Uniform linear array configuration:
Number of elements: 24
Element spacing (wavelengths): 1
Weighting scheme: exponential
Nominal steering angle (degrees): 0
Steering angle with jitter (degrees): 1.147
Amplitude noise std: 0.05
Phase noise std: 0.05

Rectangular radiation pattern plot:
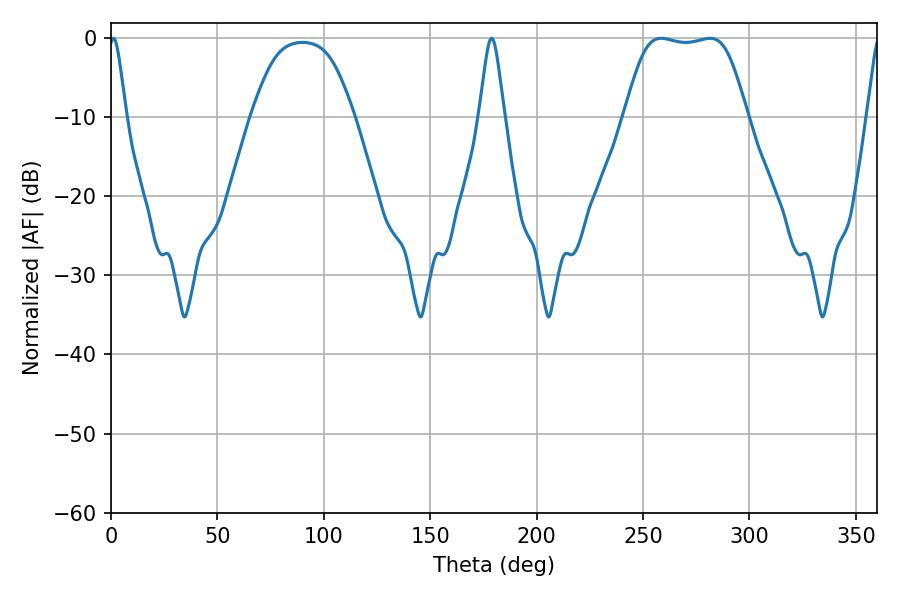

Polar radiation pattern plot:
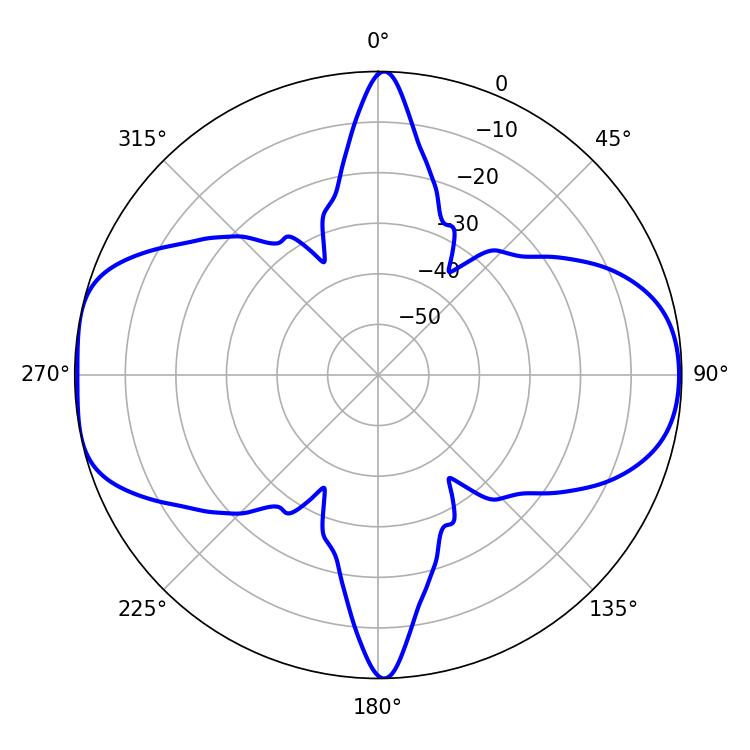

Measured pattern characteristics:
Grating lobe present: TRUE
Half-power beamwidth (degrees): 43.2
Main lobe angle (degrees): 258.48